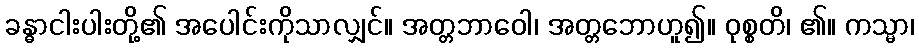
ခန္ဓာငါးပါးတို့၏ အပေါင်းကိုသာလျှင်။ အတ္တဘာဝေါ၊ အတ္တဘောဟူ၍။ ဝုစ္စတိ၊ ၏။ ကသ္မာ၊